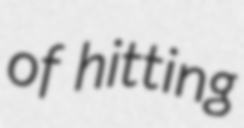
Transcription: of hitting